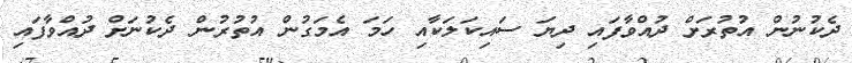
ދެކުނުންް އުތުރަށް ދުއްވާފައި ދިޔަ ސައިކަލަކާއި ހަމަ އެމަގުން އުތުރުން ދެކުނަށް ދުއްވާފައި